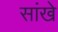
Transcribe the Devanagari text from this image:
सांखे